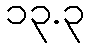
၁၃.၃